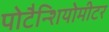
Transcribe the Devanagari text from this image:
पोटैन्शियोमीटर